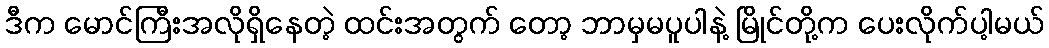
ဒီက မောင်ကြီးအလိုရှိနေတဲ့ ထင်းအတွက် တော့ ဘာမှမပူပါနဲ့ မြိုင်တို့က ပေးလိုက်ပါ့မယ်